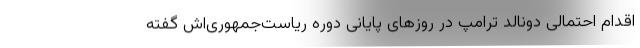
اقدام احتمالی دونالد ترامپ در روزهای پایانی دوره ریاست‌جمهوری‌اش گفته